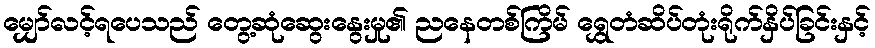
မျှော်လင့်ရပေသည် တွေ့ဆုံဆွေးနွေးမှု၏ ညနေတစ်ကြိမ် ရွှေတံဆိပ်တုံးရိုက်နှိပ်ခြင်းနှင့်